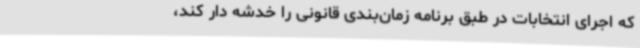
که اجرای انتخابات در طبق برنامه زمان‌بندی قانونی را خدشه دار کند،